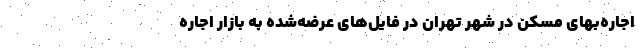
اجاره‌‌بهای مسکن در شهر تهران در فایل‌‌های عرضه‌شده به بازار اجاره